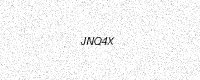
Text: JNQ4X